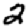
Digit: 2